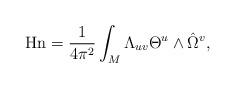
LaTeX: \begin{align*}{\rm Hn}={1\over 4\pi^2}\int_{M}\Lambda_{uv}\Theta^u\wedge \hat \Omega^v,\end{align*}